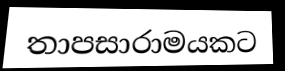
තාපසාරාමයකට